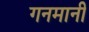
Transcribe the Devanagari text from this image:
गनमानी